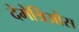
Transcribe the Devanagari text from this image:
देमेत्रिओस